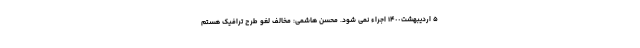
۵ اردیبهشت١۴٠٠ اجراء نمی شود. محسن هاشمی: مخالف لغو طرح ترافیک هستم